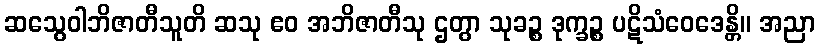
ဆသွေဝါဘိဇာတီသူတိ ဆသု ဧဝ အဘိဇာတီသု ဌတွာ သုခဉ္စ ဒုက္ခဉ္စ ပဋိသံဝေဒေန္တိ။ အညာ